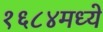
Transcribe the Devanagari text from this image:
१६८४मध्ये